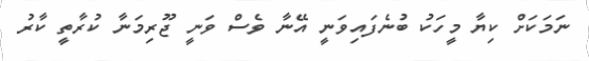
ނަމަކަށް ކިޔާ މީހަކު ބުނެފައިވަނީ އޭނާ ވެސް ވަނީ ޖޫރިމަނާ ކުރާތީ ކާރު